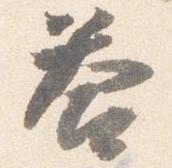
答